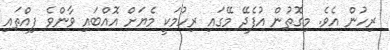
ރިހުން އެވެ. މިގޮތުން އުފެދޭ މޭގައި ރިހުމަކީ މެޔަށް އޮއްބައި ވާންވެ ފިއްތައި